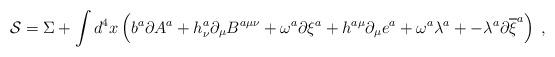
LaTeX: \begin{align*}\mathcal{S}=\Sigma +\displaystyle\int d^4x\left( b^a\partial A^a+h_\nu^a\partial _\mu B^{a\mu \nu }+\omega ^a\partial \xi ^a+h^{a\mu }\partial_\mu e^a+\omega ^a\lambda ^a+-\lambda ^a\partial \overline{\xi }^a\right) \;,\end{align*}